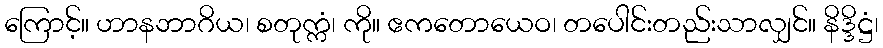
ကြောင့်။ ဟာနဘာဂိယ၊ စတုက္ကံ၊ ကို။ ဧကတောယေဝ၊ တပေါင်းတည်းသာလျှင်။ နိဒ္ဒိဋ္ဌံ၊